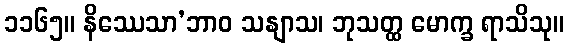
၁၁၆၅။ နိဿေသာ’ဘာဝ သနျာသ၊ ဘုသတ္ထ မောက္ခ ရာသိသု။